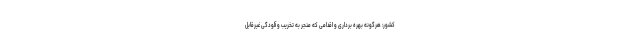
کشور: هرگونه بهره برداری و اقدامی که منجر به تخریب و آلودگی غیرقابل